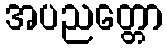
အပညတ္တော